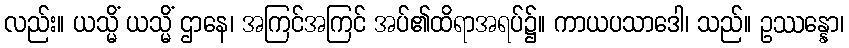
လည်း။ ယသ္မိံ ယသ္မိံ ဌာနေ၊ အကြင်အကြင် အပ်၏ထိရာအရပ်၌။ ကာယပသာဒေါ၊ သည်။ ဥဿန္နော၊